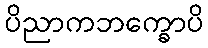
ပိညာကဘက္ခောပိ